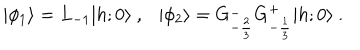
\vert \phi _ { 1 } \rangle = L _ { - 1 } \vert { h ; 0 } \rangle { } ~ , { } ~ { } ~ { } ~ \vert \phi _ { 2 } \rangle = G _ { - { \frac { 2 } { 3 } } } ^ { - } G _ { - { \frac { 1 } { 3 } } } ^ { + } \vert { h ; 0 } \rangle { } ~ .